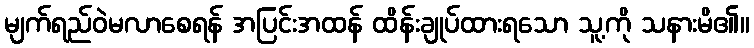
မျက်ရည်ဝဲမလာစေရန် အပြင်းအထန် ထိန်းချုပ်ထားရသော သူ့ကို သနားမိ၏။